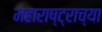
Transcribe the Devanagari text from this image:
महाराष्‍ट्राच्या